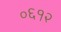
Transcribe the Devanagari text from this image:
०६१२